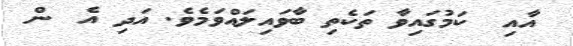
އާއި  ކަމުގައިވާ ތަކެތި ބާވައިލައްވަމެވެ. އަދި އެ  ން